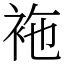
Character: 袘